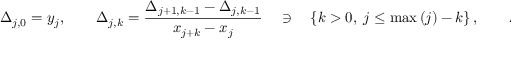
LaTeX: \Delta _ { j , 0 } = y _ { j } , \qquad \Delta _ { j , k } = { \frac { \Delta _ { j + 1 , k - 1 } - \Delta _ { j , k - 1 } } { x _ { j + k } - x _ { j } } } \quad \ni \quad \left\{ k > 0 , \; j \leq \operatorname* { m a x } \left( j \right) - k \right\} , \qquad \Delta 0 _ { k } = \Delta _ { 0 , k }